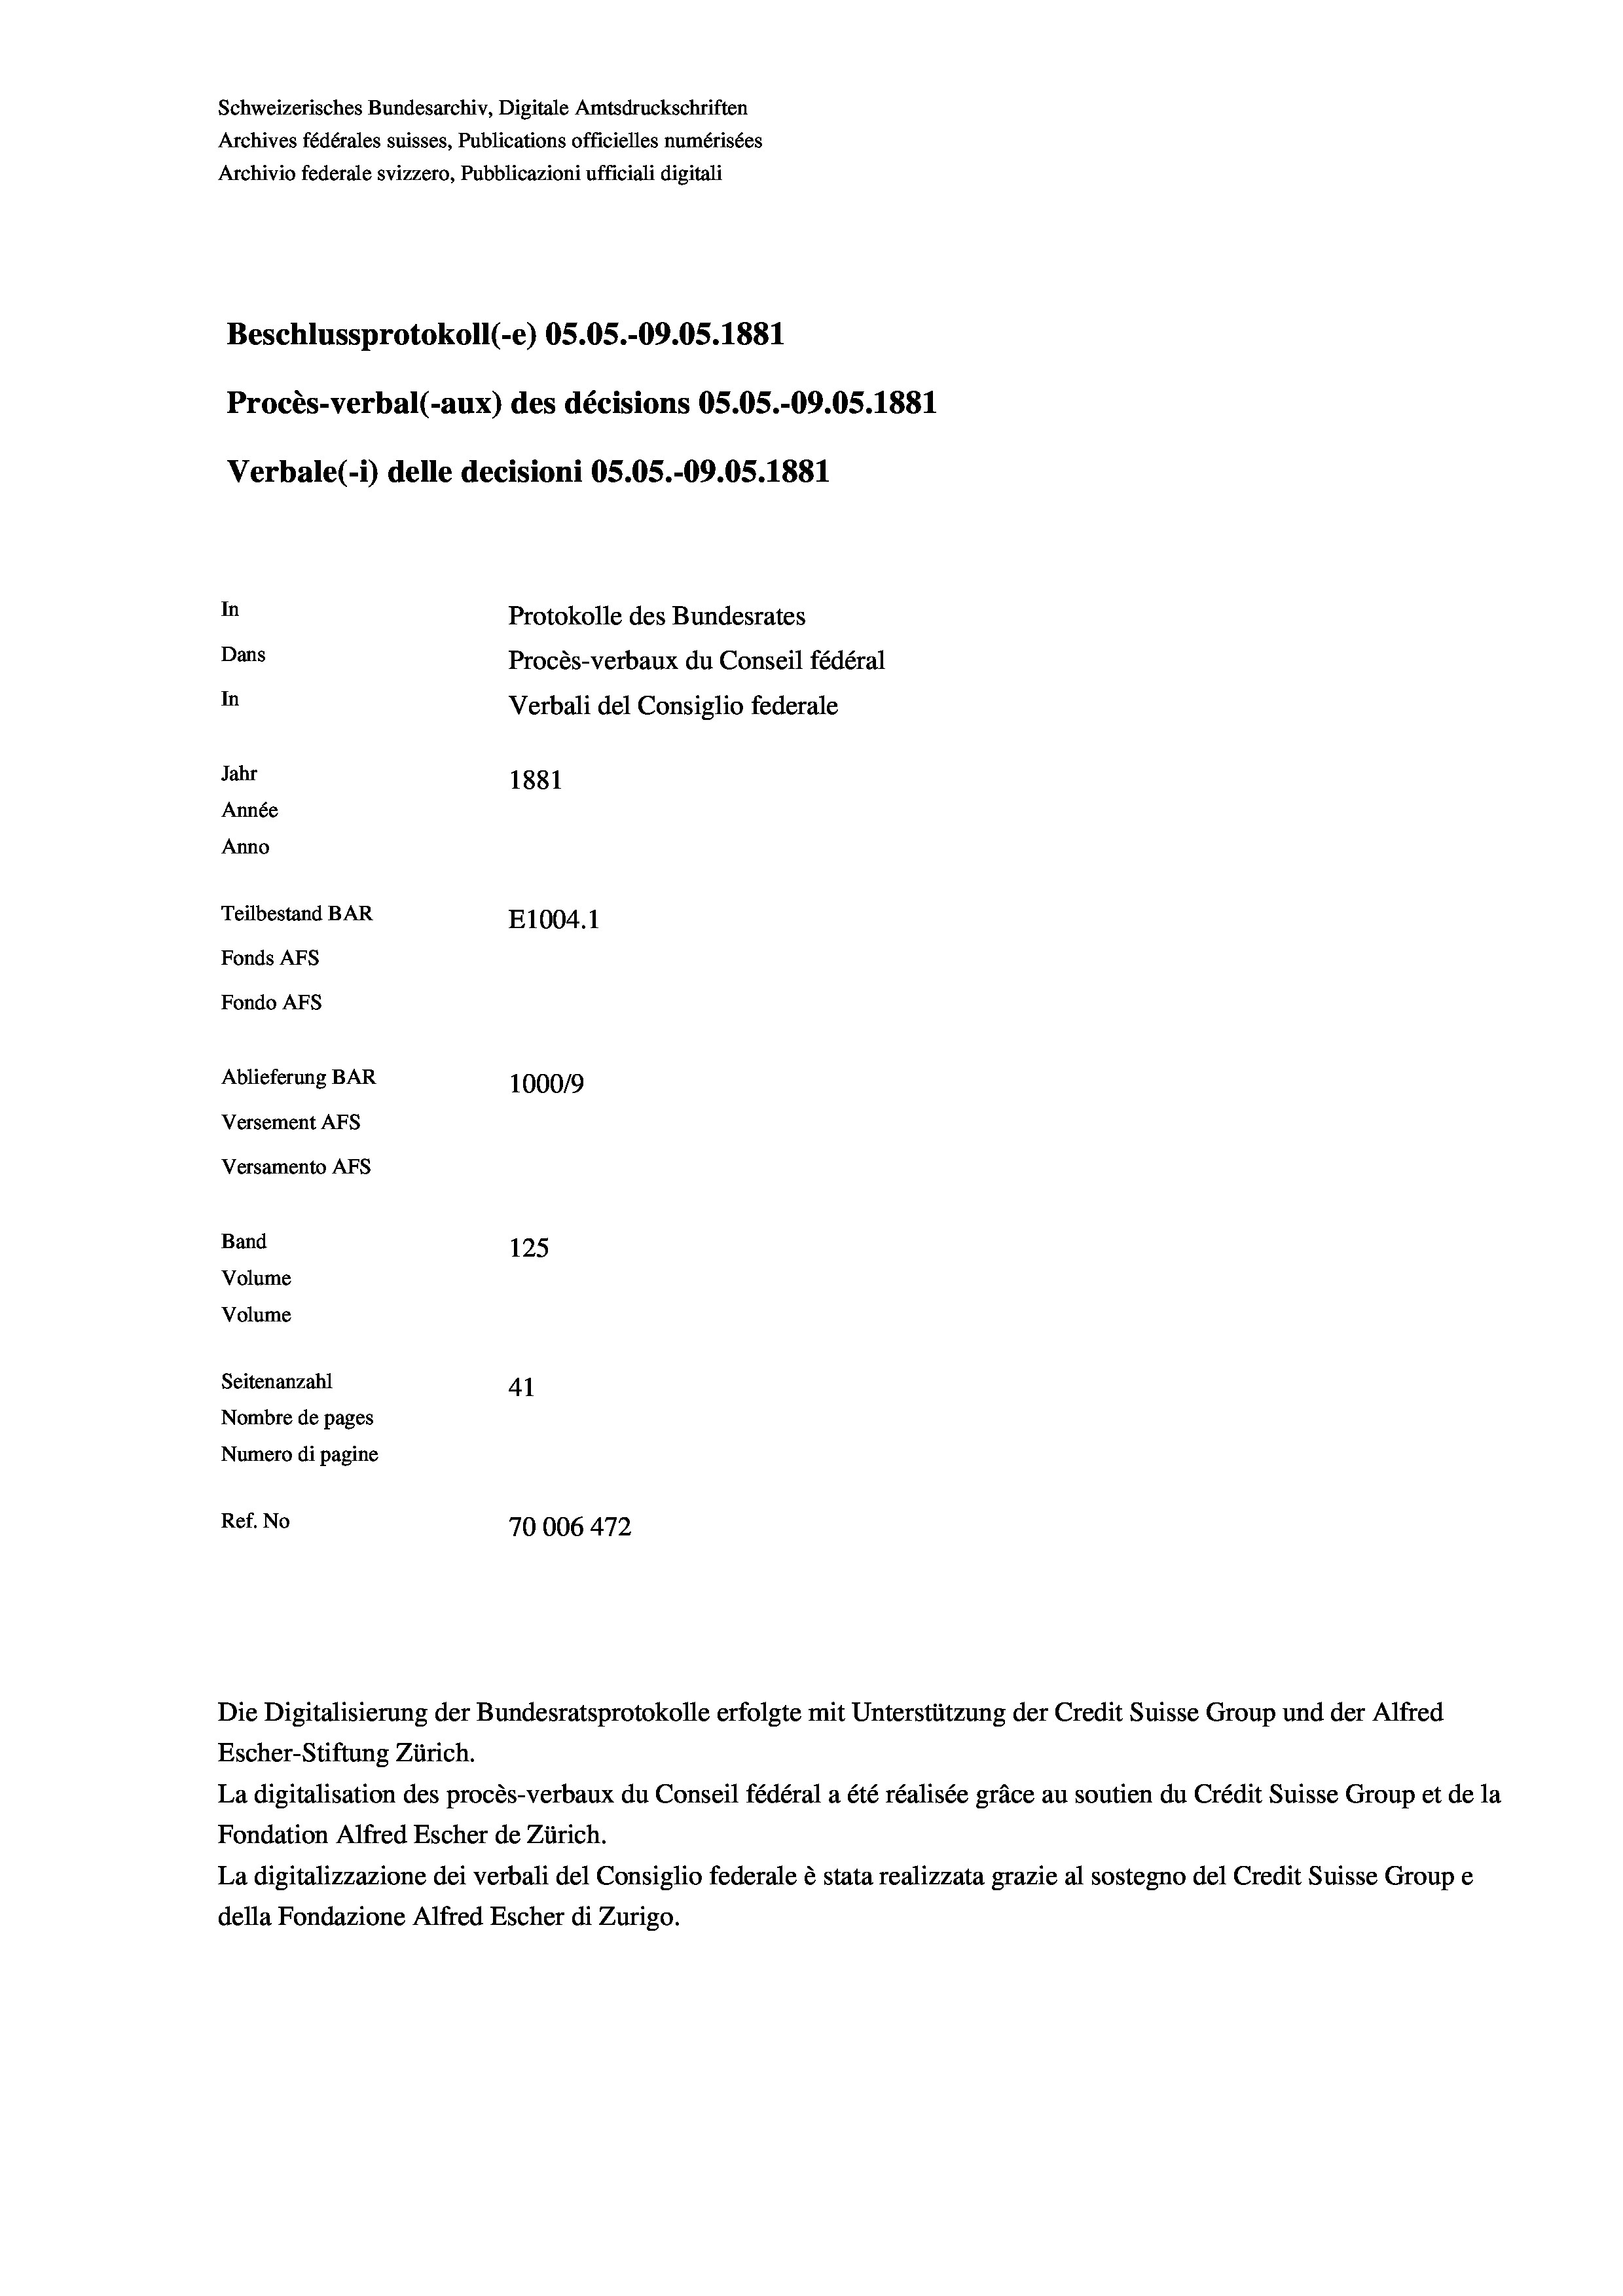
Schweizerisches Bundesarchiv, Digitale Amtsdruckschriften
Archives fédérales suisses, Publications officielles numérisées
Archivio federale svizzero, Pubblicazioni ufficiali digitali
Beschlussprotokoll (-e) OS.05.-09.05. 1881
Procès-verbal (-aux) des décisions OS.OS.-09.05. 1881
Verbale(*) delle decisioni OS.05.-09.05. 1881
In
Protokolle des Bundesrates
Dans
Procès-verbaux du Conseil fédéral
In
Verbali del Consiglio federale
Jahr
1881
Année
Anno
Teilbestand BAR
E1004.1
Fonds AFs
Fondo Afs
Ablieferung BAR
100019
Versement AFs
Versamento AFS
Band
125
Volume
Volume
Seitenanzahl
41
Nombre de pages
Numero di pagine
Ref. No
70006 472

Die Digitalisierung der Bundesratsprotokolle erfolgte mit Unterstützung der Credit Suisse Group und der Alfred

Escher-Stiftung Zürich.
La digitalisation des procès-verbaux du Conseil fédéral a été réalisée gräce au soutien du Crédit Suisse Group et de la
Fondation Alfred Escher de Zürich.
La digitalizzazione dei verbali del Consiglio federale è stata realizzata grazie al sostegno del Credit Suisse Groupe
della Fondazione Alfred Escher di Zurigo.